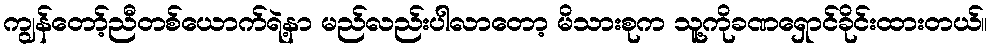
ကျွန်တော့်ညီတစ်ယောက်ရဲ့နာ မည်လည်းပါလာတော့ မိသားစုက သူ့ကိုခဏရှောင်ခိုင်းထားတယ်။